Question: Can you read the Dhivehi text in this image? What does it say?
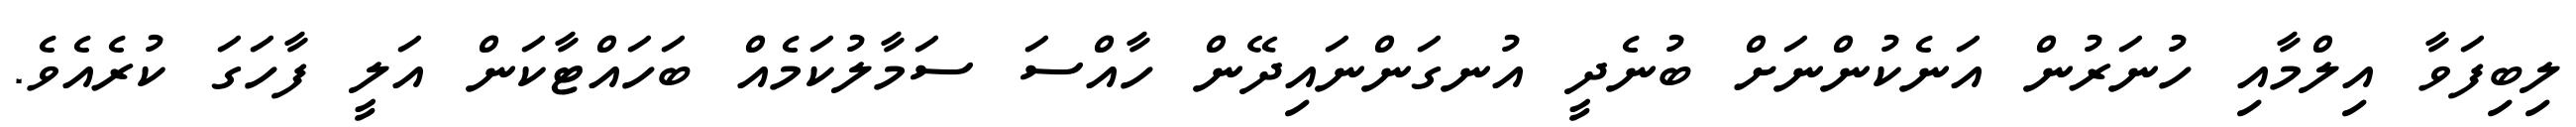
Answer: ލިބިފަވާ އިލްމާއި ހުނަރުން އަނެކުންނަށް ބުނެދީ އުނގަންނައިދޭން ހާއްސަ ސަމާލުކަމެއް ބަހައްޓާކަން އަލީ ފާހަގަ ކުރެއެވެ.